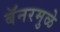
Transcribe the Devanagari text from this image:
बॅनरमुळे